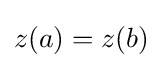
z(a)=z(b)